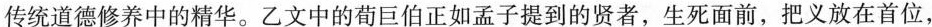
传统道德修养中的精华。乙文中的荀巨伯正如孟子提到的贤者，生死面前，把义放在首位，